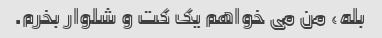
بله، من می خواهم یک کت و شلوار بخرم.